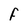
Character: F